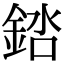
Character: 𬫠